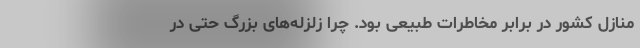
منازل کشور در برابر مخاطرات طبیعی بود. چرا زلزله‌های بزرگ حتی در